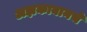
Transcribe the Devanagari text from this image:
अझकाबानचे